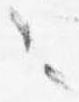
々